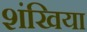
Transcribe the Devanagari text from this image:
शंखिया